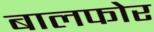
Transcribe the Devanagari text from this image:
बालफोर